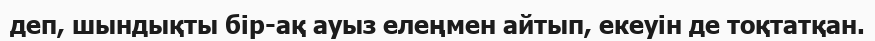
деп, шындықты бір-ақ ауыз елеңмен айтып, екеуін де тоқтатқан.